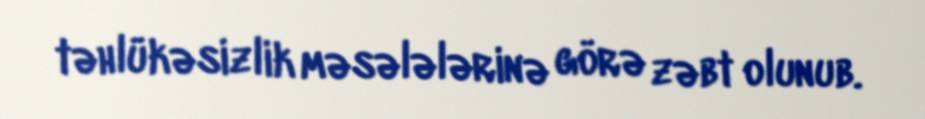
təhlükəsizlik məsələlərinə görə zəbt olunub.